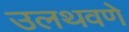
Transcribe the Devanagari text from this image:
उलथवणे